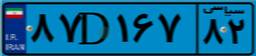
۸۷D۱۶۷۸۲